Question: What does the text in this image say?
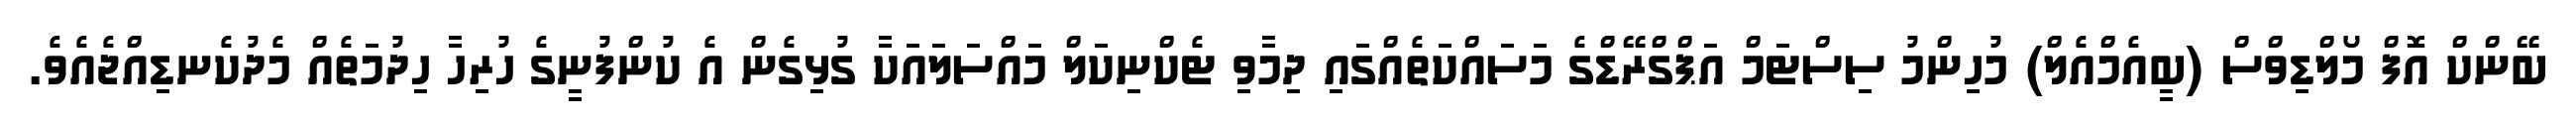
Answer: ބޭންކް އޮފް މޯލްޑިވްސް (ބީއެމްއެލް) މުހިންމު ސިސްޓަމް އަޕްގްރޭޑްގެ މަސައްކަތެއްގައި ދިމާވި ޓެކްނިކަލް މައްސަލައަކާ ގުޅިގެން އެ ކުންފުނީގެ ހުރިހާ ހިދުމަތެއް މެދުކެނޑިއްޖެއެވެ.